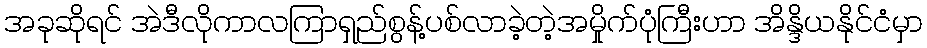
အခုဆိုရင် အဲဒီလိုကာလကြာရှည်စွန့်ပစ်လာခဲ့တဲ့အမှိုက်ပုံကြီးဟာ အိန္ဒိယနိုင်ငံမှာ